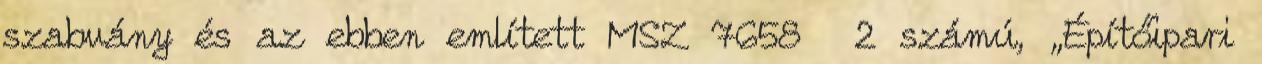
szabvány és az ebben említett MSZ 7658 2 számú, „Építőipari